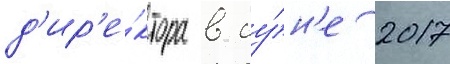
д'ир'е́ктора в иу́н'е 2017